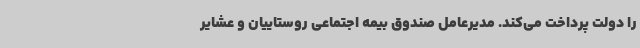
را دولت پرداخت می‌کند. مدیرعامل صندوق بیمه اجتماعی روستاییان و عشایر